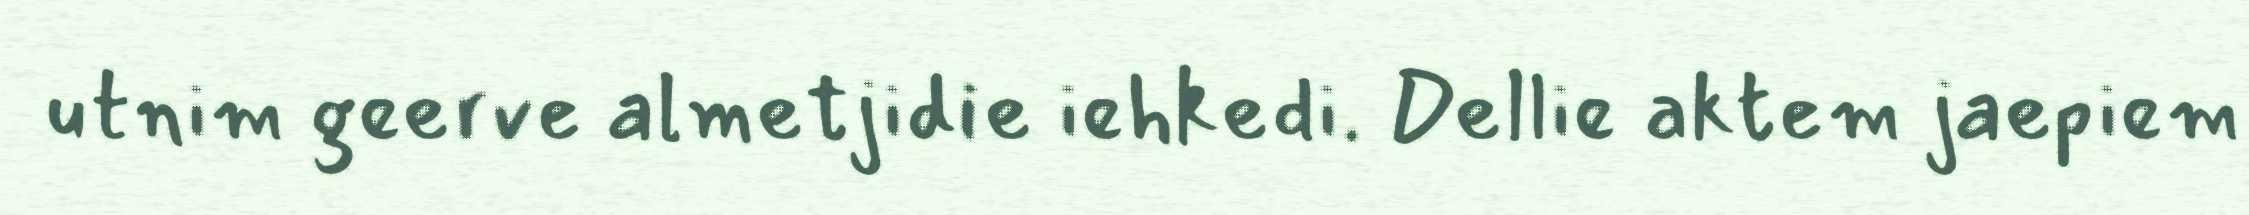
utnim geerve almetjidie iehkedi. Dellie aktem jaepiem